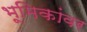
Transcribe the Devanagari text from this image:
भूमिकांवर